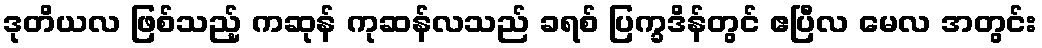
ဒုတိယလ ဖြစ်သည့် ကဆုန် ကုဆန်လသည် ခရစ် ပြက္ခဒိန်တွင် ဧပြီလ မေလ အတွင်း